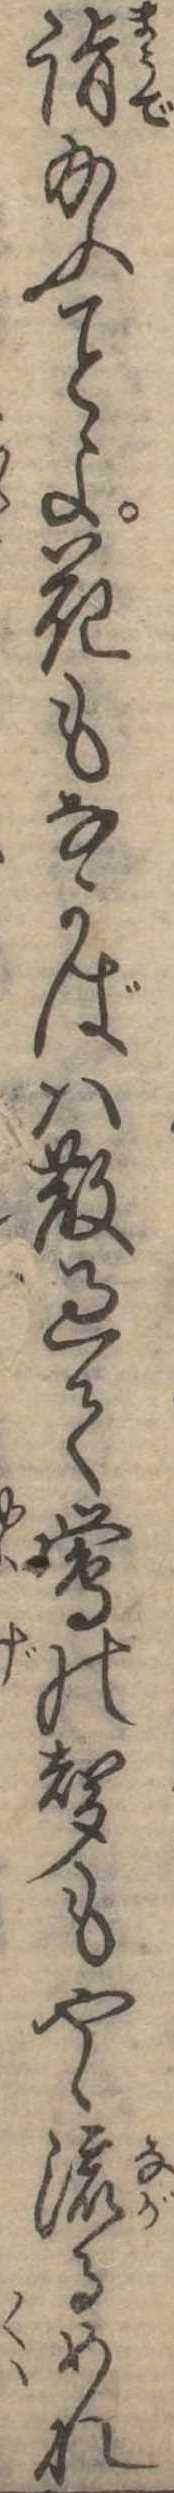
詣給ふよ花もなかばは散過て鴬の声もやゝ流るめれ